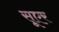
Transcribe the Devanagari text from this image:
सूएर